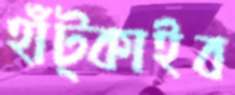
হাঁট্‌কাইব